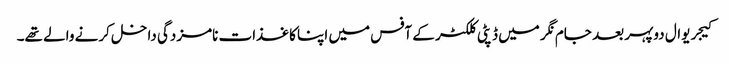
کیجریوال دوپہر بعد جام نگر میں ڈپٹی کلکٹر کے آفس میں اپنا کاغذات نامزدگی داخل کرنے والے تھے۔